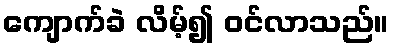
ကျောက်ခဲ လိမ့်၍ ဝင်လာသည်။